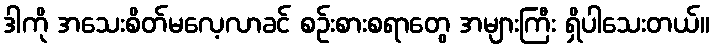
ဒါကို အသေးစိတ်မလေ့လာခင် စဉ်းစားစရာတွေ အများကြီး ရှိပါသေးတယ်။